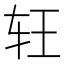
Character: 𰹶